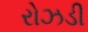
રોઝડી